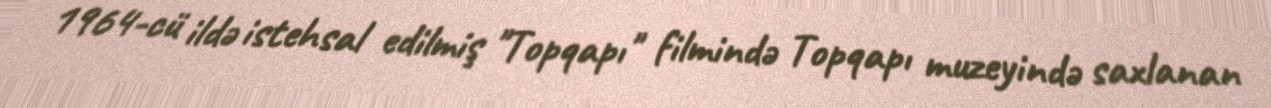
1964-cü ildə istehsal edilmiş "Topqapı" filmində Topqapı muzeyində saxlanan